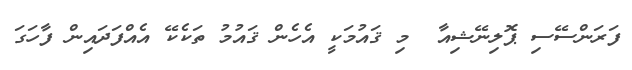
ފަރަންސޭސި ޕޮލިނޭޝިއާ  މި ޤައުމަކީ އެހެން ޤައުމު ތަކެކޭ އެއްފަދައިން ފާހަގަ